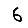
Digit: 6